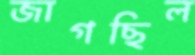
জাগছিল